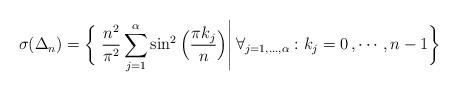
LaTeX: \begin{align*}\sigma(\Delta_n)=\bigg\{\left. \frac{n^2}{\pi^2}\sum_{j=1}^\alpha\sin^2\Big(\frac{\pi k_j}{n}\Big)\right| \forall_{j=1,\ldots, \alpha}: k_j = 0\, , \cdots, n-1\bigg\}\end{align*}